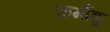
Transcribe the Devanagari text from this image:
कर्मांङ्र